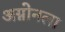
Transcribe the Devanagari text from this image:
अग्नोनला